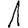
Digit: 1